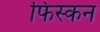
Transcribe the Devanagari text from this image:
फिस्कन